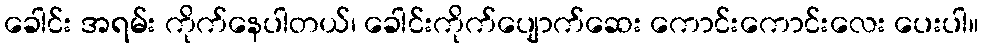
ခေါင်း အရမ်း ကိုက်နေပါတယ်၊ ခေါင်းကိုက်ပျောက်ဆေး ကောင်းကောင်းလေး ပေးပါ။